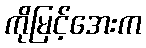
ကိုမြင့်အေးက